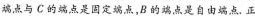
端点与C的端点是固定端点，B的端点是自由端点.正